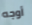
أوجه